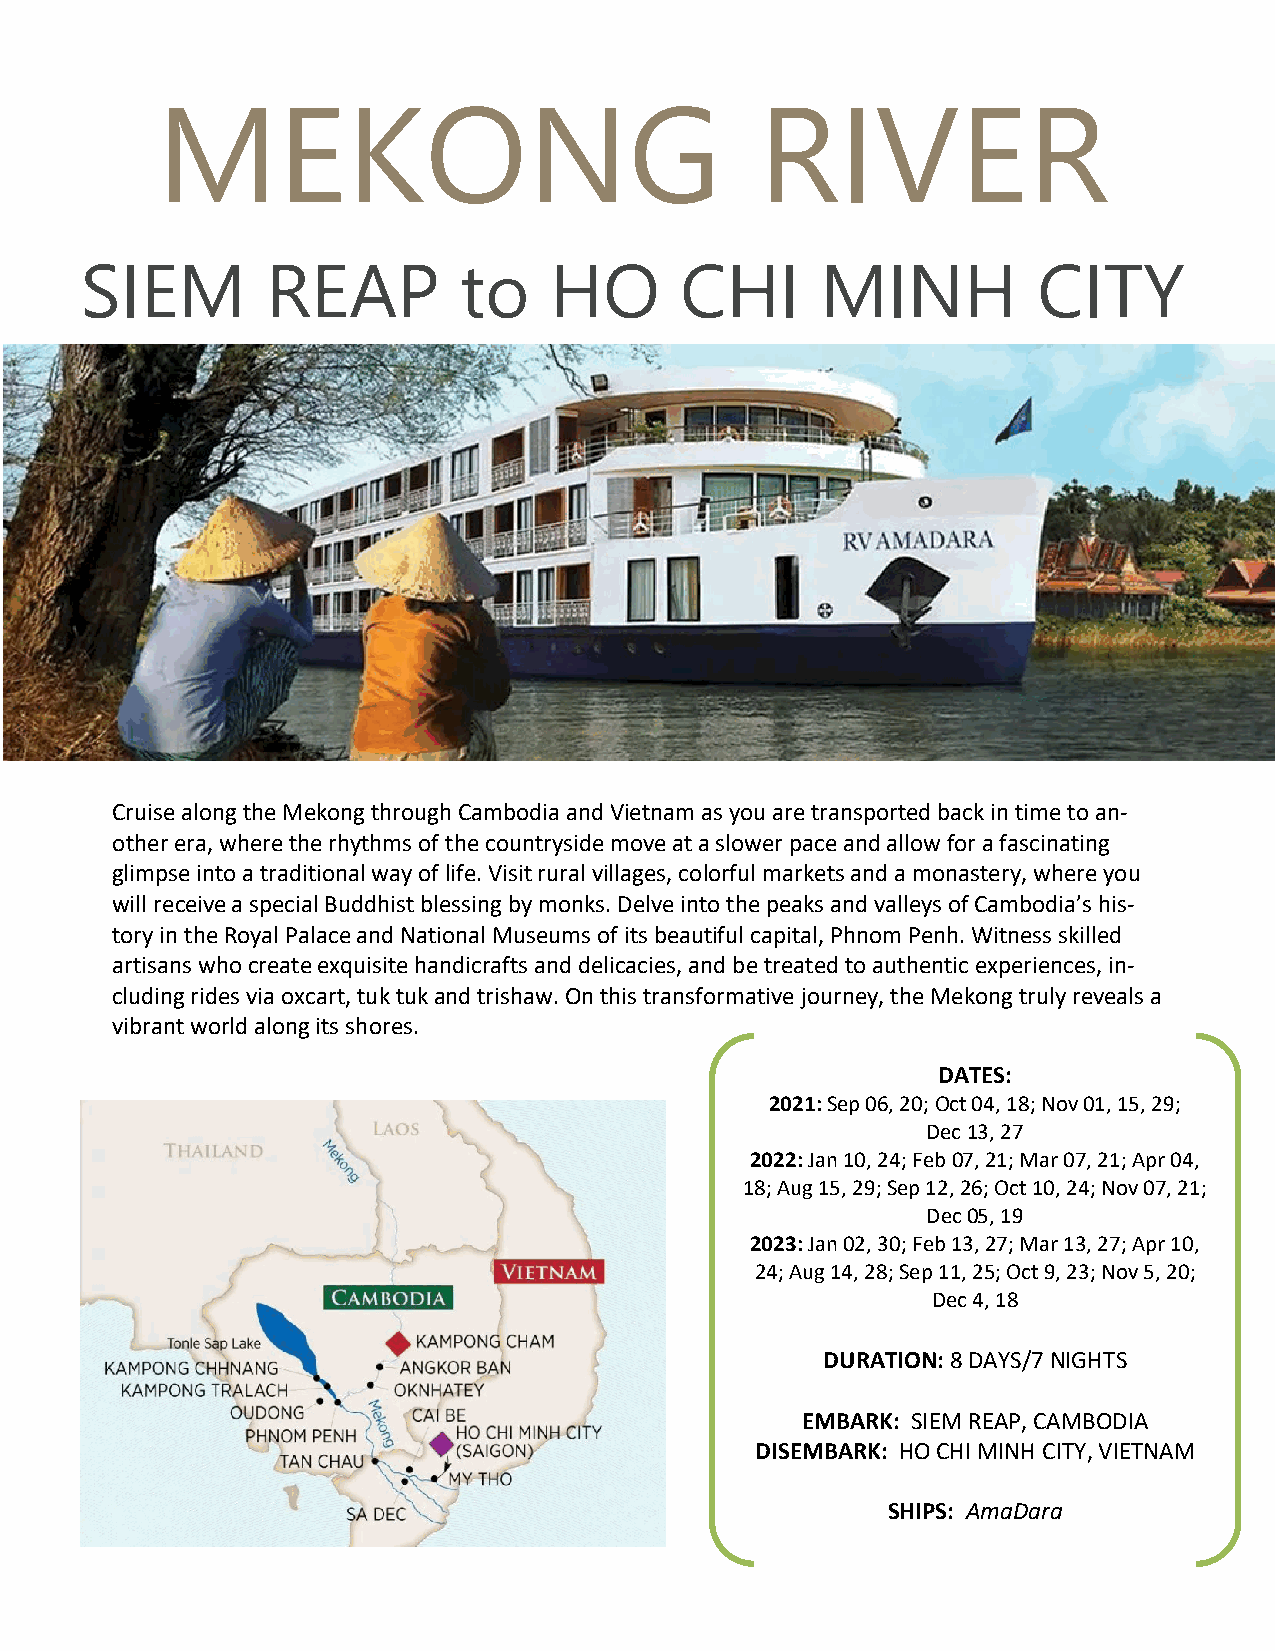
MEKONG                                  RIVER
 SIEM         REAP        to    HO       CHI      MINH           CITY
 Cruise along the Mekong through Cambodia and Vietnam as you are transported back in time to an-
 other era, where the rhythms of the countryside move at a slower pace and allow for a fascinating
 glimpse into a traditional way of life. Visit rural villages, colorful markets and a monastery, where you
 will receive a special Buddhist blessing by monks. Delve into the peaks and valleys of Cambodia’s his-
 tory in the Royal Palace and National Museums of its beautiful capital, Phnom Penh. Witness skilled
 artisans who create exquisite handicrafts and delicacies, and be treated to authentic experiences, in-
 cluding rides via oxcart, tuk tuk and trishaw. On this transformative journey, the Mekong truly reveals a
 vibrant world along its shores.
 DATES:
 2021: Sep 06, 20; Oct 04, 18; Nov 01, 15, 29;
 Dec 13, 27
 2022: Jan 10, 24; Feb 07, 21; Mar 07, 21; Apr 04,
 18; Aug 15, 29; Sep 12, 26; Oct 10, 24; Nov 07, 21;
 Dec 05, 19
 2023: Jan 02, 30; Feb 13, 27; Mar 13, 27; Apr 10,
 24; Aug 14, 28; Sep 11, 25; Oct 9, 23; Nov 5, 20;
 Dec 4, 18
 DURATION: 8 DAYS/7 NIGHTS
 EMBARK: SIEM REAP, CAMBODIA
 DISEMBARK: HO CHI MINH CITY, VIETNAM
 SHIPS: AmaDara